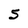
Character: 5